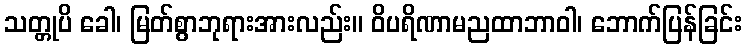
သတ္တုပိ ခေါ၊ မြတ်စွာဘုရားအားလည်း။ ဝိပရိဏာမညထာဘာဝါ၊ ဘောက်ပြန်ခြင်း